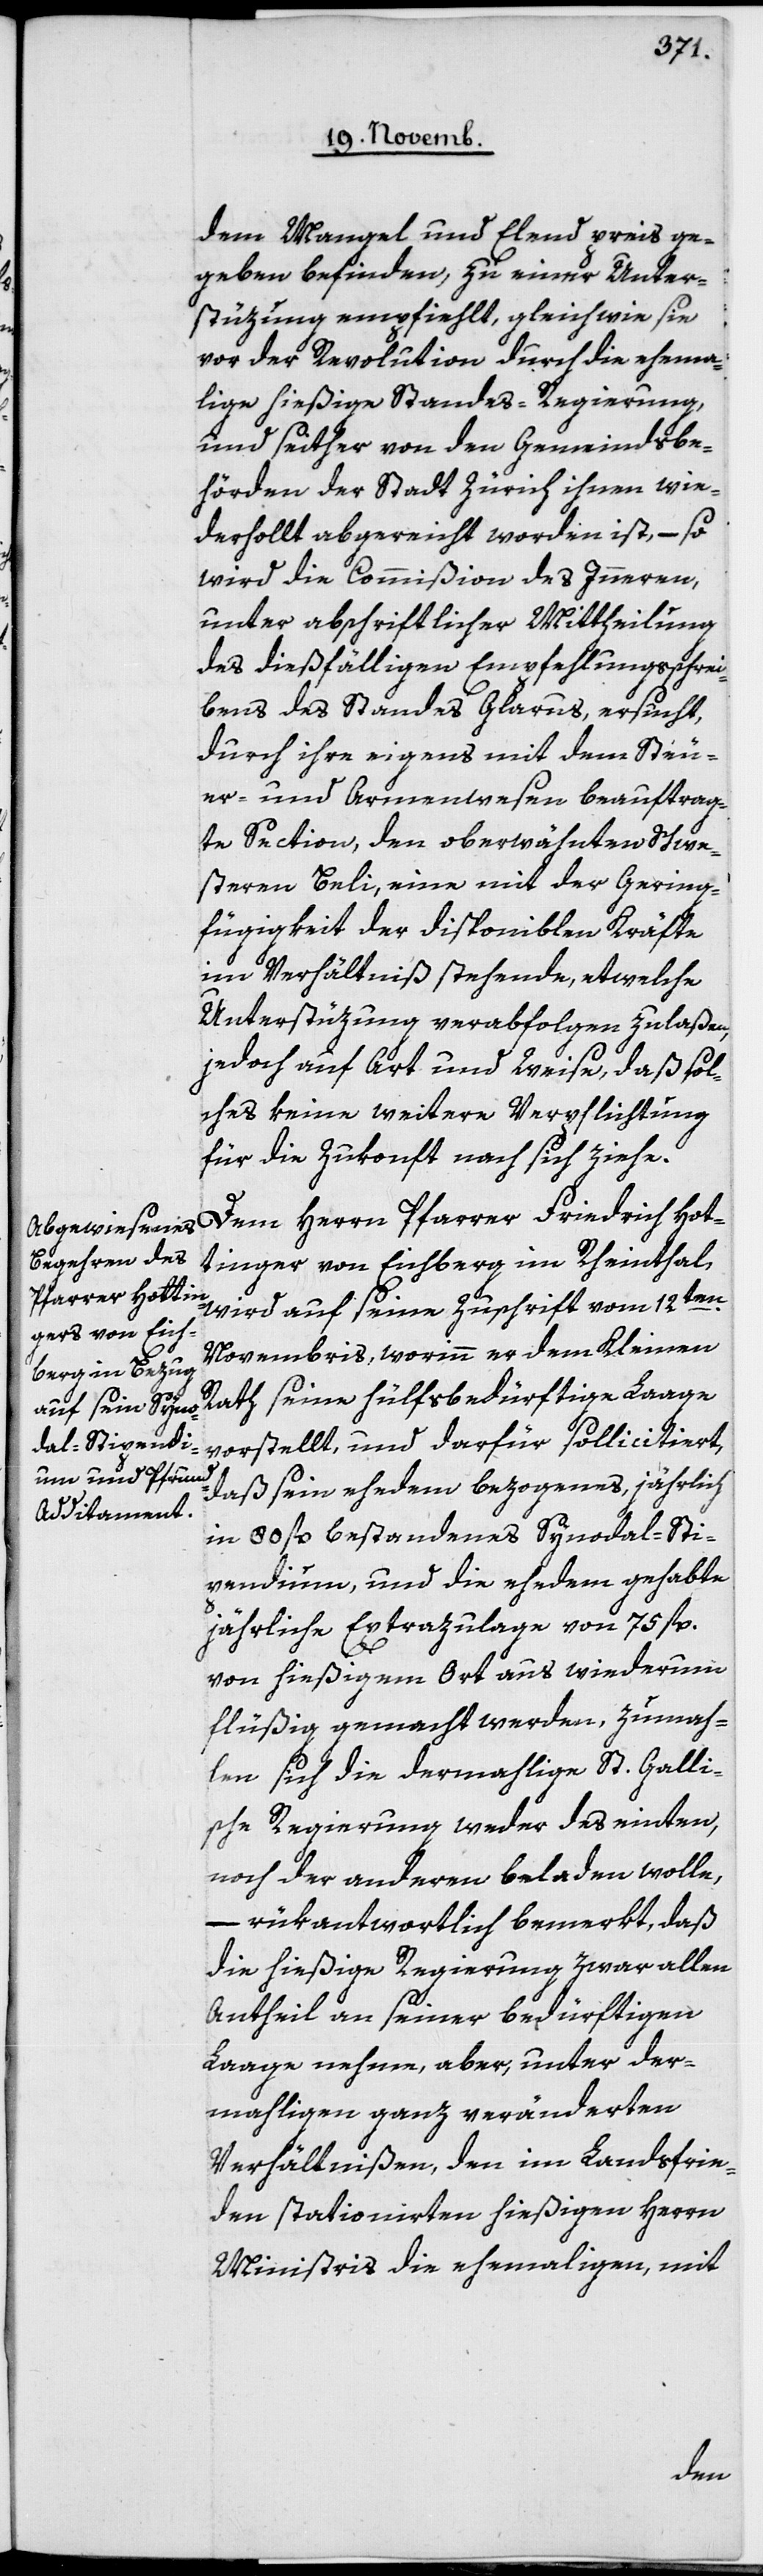
dem Mangel und Elend preisge¬
geben befinden, zu einer Unter¬
stüzung empfiehlt, gleichwie sie
vor der Revolution durch die ehema¬
lige hießige Standes-Regierung,
und seither von den Gemeindsbe¬
hörden der Stadt Zürich ihnen wie¬
derholt abgereicht worden ist, – so
wird die Commißion des Inneren,
unter abschriftlicher Mittheilung
des dießfälligen Empfehlungsschrei¬
bens des Standes Glarus, ersucht,
durch ihre eigens mit dem Steu¬
er- und Armenwesen beauftrag¬
te Section, den oberwähnten Schwe¬
steren Beli, eine mit der Gering¬
fügigkeit der disponiblen Kräfte
im Verhältniß stehende, etwelche
Unterstüzung verabfolgen zu laßen,
jedoch auf Art und Weise, daß sol¬
ches keine weitere Verpflichtung
für die Zukonft nach sich ziehe.
Dem Herrn Pfarrer Friedrich Hot¬
tinger von Eichberg im Rheinthal,
wird auf seine Zuschrift vom 12ten
Novembris, worinn er dem Kleinen
Rath seine hülfsbedürftige Laage
vorstellt und darfür sollicitiert,
daß sein ehedem bezogenes, jährlich
in 80 fl. bestandenes Synodal-Sti¬
pendium und die ehedem gehabte
jährliche Extrazulage von 75 fl.
von hießigem Ort aus wiederum
flüßig gemacht werden, zumah¬
len sich die dermahlige St. Galli¬
sche Regierung weder des einten,
noch der anderen beladen wolle,
– rükantwortlich bemerkt, daß
die hießige Regierung zwar allen
Antheil an seiner bedürftigen
Laage nehme, aber, unter der¬
mahligen ganz veränderten
Verhältnißen, den im Landsfrie¬
den stationierten hießigen Herrn
Ministris die ehemaligen, mit